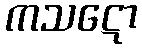
ကသဋော